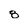
Character: 8